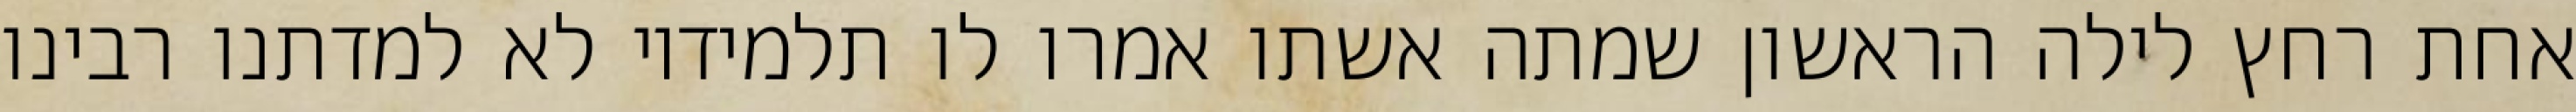
אחת רחץ לילה הראשון שמתה אשתו אמרו לו תלמידיו לא למדתנו רבינו